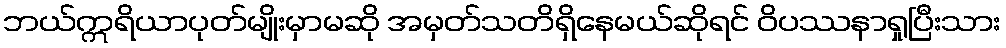
ဘယ်ဣရိယာပုတ်မျိုးမှာမဆို အမှတ်သတိရှိနေမယ်ဆိုရင် ဝိပဿနာရှုပြီးသား